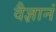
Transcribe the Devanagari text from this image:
वैज्ञानं